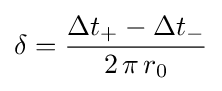
\delta ={\frac {\Delta t_{+}-\Delta t_{-}}{2\,\pi \,r_{0}}}